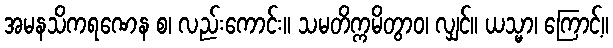
အမနသိကရဏေန စ၊ လည်းကောင်း။ သမတိက္ကမိတွာဝ၊ လျှင်။ ယသ္မာ၊ ကြောင့်။